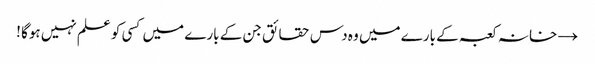
→ خانہ کعبہ کے بارے میں وہ دس حقائق جن کے بارے میں کسی کو علم نہیں ہوگا !